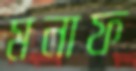
মনাফ